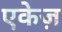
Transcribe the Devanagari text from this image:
एकेज़